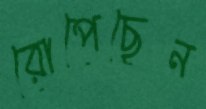
রোপেছেন